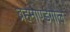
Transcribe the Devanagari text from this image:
ब्रहमाण्डगोले